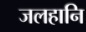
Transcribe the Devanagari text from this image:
जलहानि